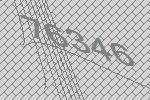
76346